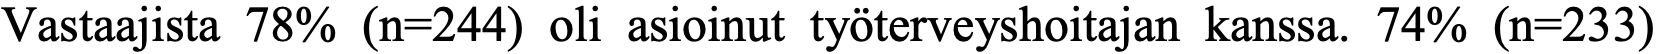
Vastaajista 78% (n=244) oli asioinut työterveyshoitajan kanssa. 74% (n=233)